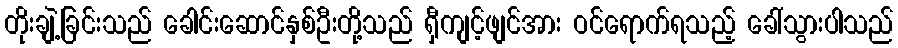
တိုးချဲ့ခြင်းသည် ခေါင်းဆောင်နှစ်ဦးတို့သည် ရှီကျင့်ဖျင်အား ဝင်ရောက်ရသည့် ခေါ်သွားပါသည်